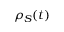
\rho _ { S } ( t )